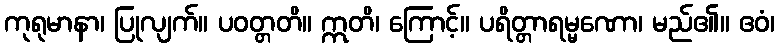
ကုရုမာနာ၊ ပြုလျက်။ ပဝတ္တတိ။ ဣတိ၊ ကြောင့်။ ပရိတ္တာရမ္မဏော၊ မည်၏။ ဧဝံ၊